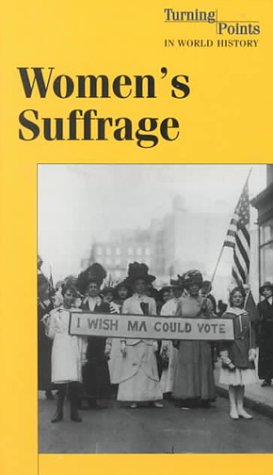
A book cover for Turning Points in World History - Women's Suffrage (hardcover edition); Brenda Stalcup; Teen & Young Adult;